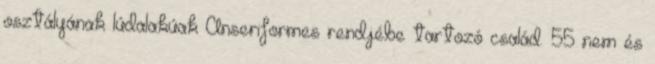
osztályának lúdalakúak Anseriformes rendjébe tartozó család. 55 nem és